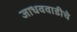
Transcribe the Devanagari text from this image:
जाधववाडीचे